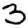
Digit: 3